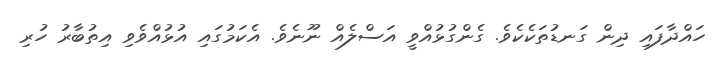
ހައްދާފައި ދިން ގަނޑުތަކެކެވެ. ގެންގުޅުއްވީ އަސްލެއް ނޫނެވެ. އެކަމުގައި އުޅުއްވެވި އިތުބާރު ހުރި